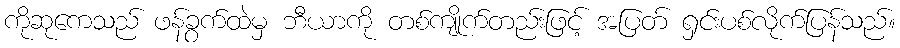
ကိုဆုကေသည် ဖန်ခွက်ထဲမှ ဘီယာကို တစ်ကျိုက်တည်းဖြင့် အပြတ် ရှင်းပစ်လိုက်ပြန်သည်။